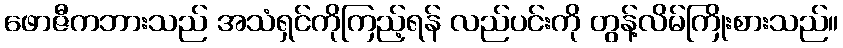
ဖောဇီကဘားသည် အသံရှင်ကိုကြည့်ရန် လည်ပင်းကို တွန့်လိမ်ကြိုးစားသည်။